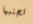
تجنبها